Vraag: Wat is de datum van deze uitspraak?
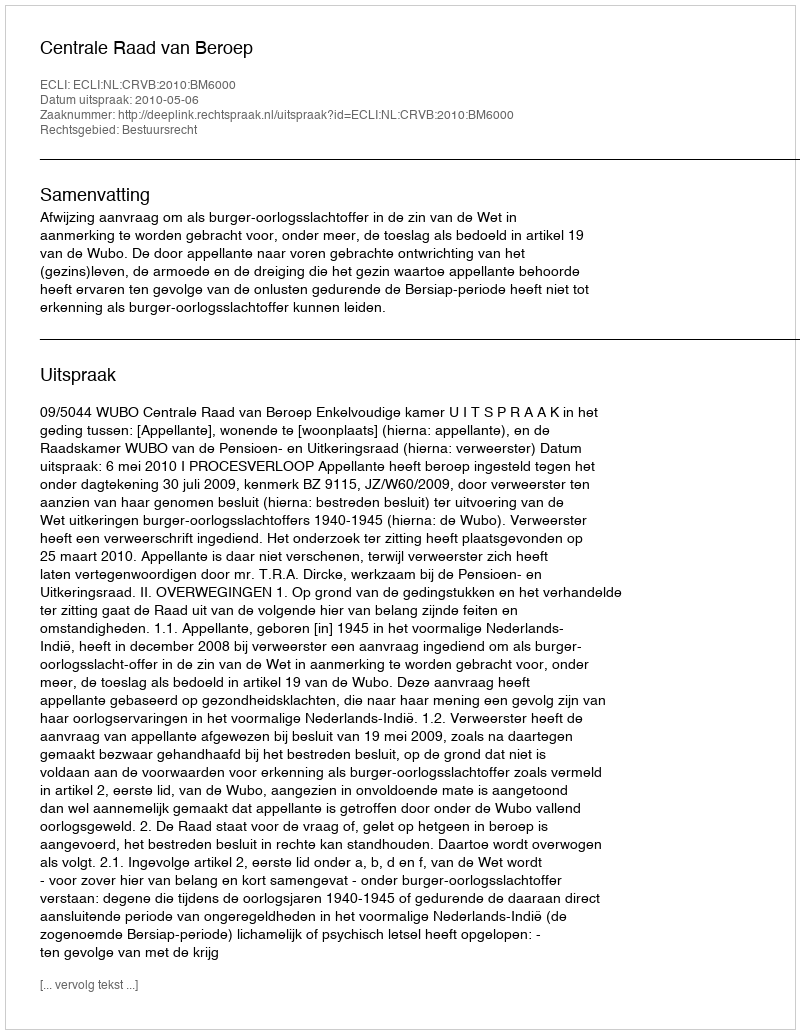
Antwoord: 2010-05-06